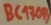
Text: BC176B